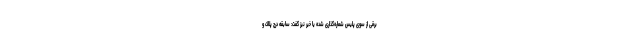
برقی از سوی پلیس شماره‌گذاری شده یا خیر نیز گفت: سابقه درج پلاک و